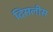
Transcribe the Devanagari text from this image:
दिसलीस